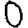
Digit: 0